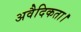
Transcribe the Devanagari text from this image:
अवैदिकता।